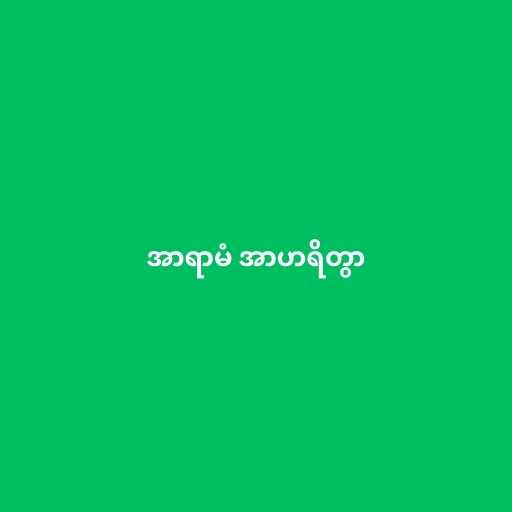
အာရာမံ အာဟရိတွာ